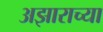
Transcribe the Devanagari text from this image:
अझाराच्या